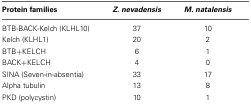
<table><thead><tr><td><b>Protein families</b></td><td><b><i>Z. nevadensis</i></b></td><td><b><i>M. natalensis</i></b></td></tr></thead><tbody><tr><td>BTB-BACK-Kelch (KLHL10)</td><td>37</td><td>10</td></tr><tr><td>Kelch (KLHL1)</td><td>20</td><td>2</td></tr><tr><td>BTB+KELCH</td><td>6</td><td>1</td></tr><tr><td>BACK+KELCH</td><td>4</td><td>0</td></tr><tr><td>SINA (Seven-in-absentia)</td><td>33</td><td>17</td></tr><tr><td>Alpha tubulin</td><td>13</td><td>8</td></tr><tr><td>PKD (polycystin)</td><td>10</td><td>1</td></tr></tbody></table>